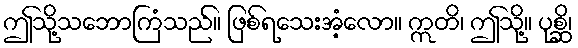
ဤသို့သဘောကြံသည်။ ဖြစ်ရသေးအံ့လော။ ဣတိ၊ ဤသို့။ ပုစ္ဆိ၊